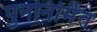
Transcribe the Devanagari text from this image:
पुननिर्मित